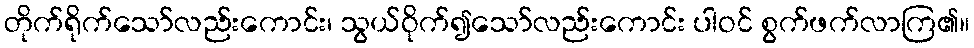
တိုက်ရိုက်သော်လည်းကောင်း၊ သွယ်ဝိုက်၍သော်လည်းကောင်း ပါဝင် စွက်ဖက်လာကြ၏။